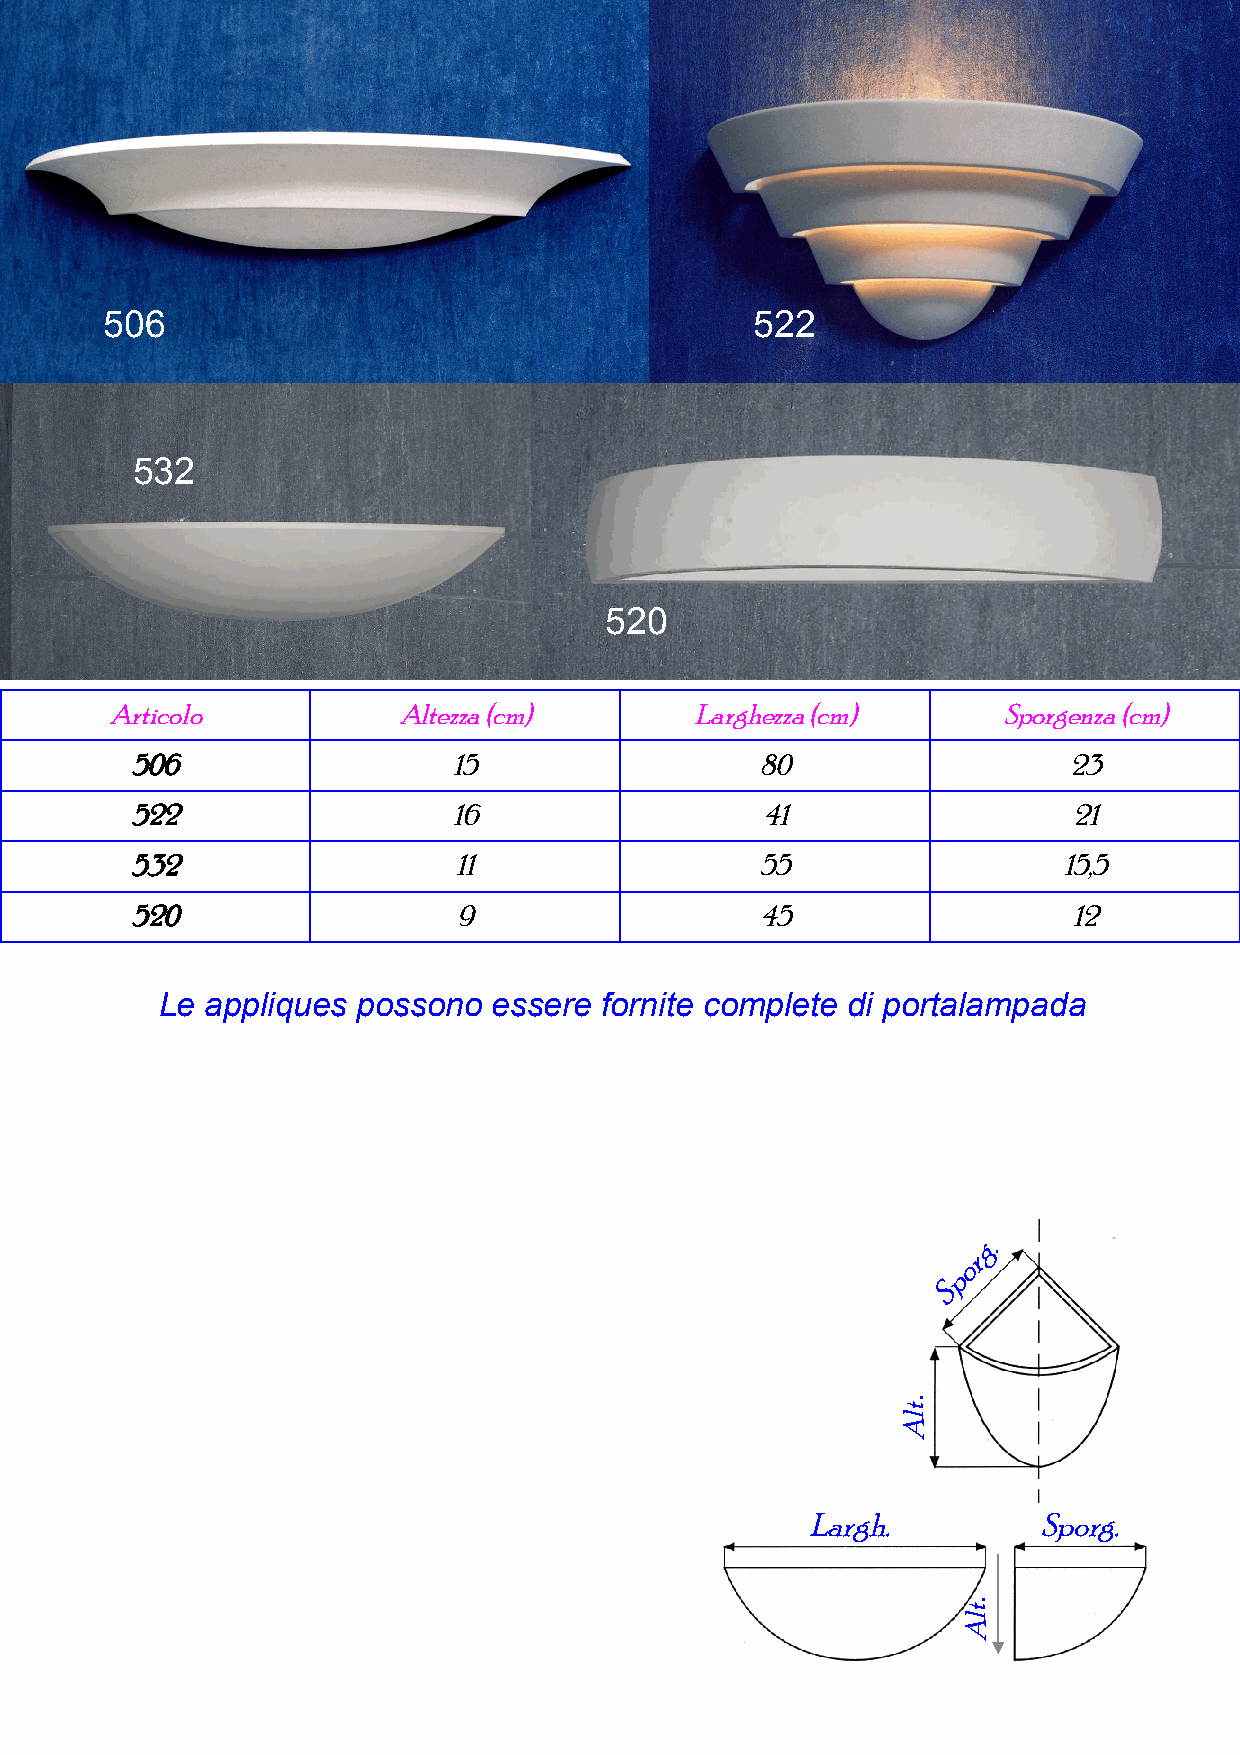
506                                        522
 532
 520
 Articolo           Altezza (cm)        Larghezza (cm)      Sporgenza (cm)
 506                  15                  80                   23
 522                  16                  41                   21
 532                  11                  55                  15,5
 520                  9                   45                   12
 Le appliques possono  essere fornite complete di portalampada
 g.
 r
 o
 p
 S
 .
 Largh.          Sporg.
 .
 tlA
 tlA